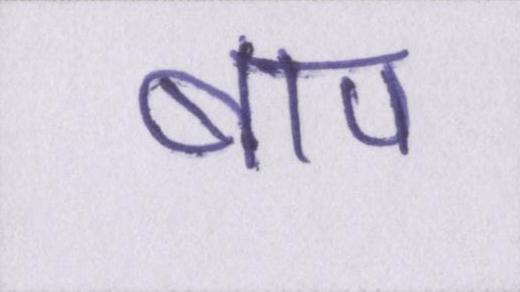
बाप